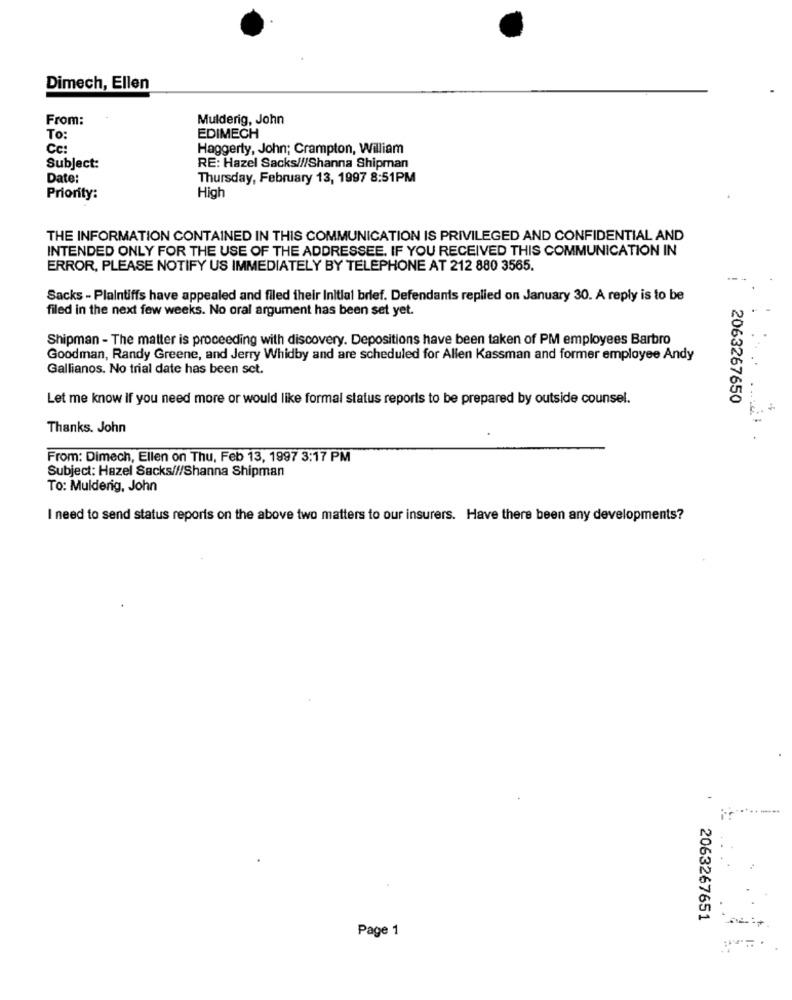
Dimech, Ellen
From:
Mulderig, John
To:
EDIMECH
Cc:
Haggerty, John; Crampton, William
Subject:
RE: Hazel Sacks///Shanna Shipman
Date:
Thursday, February 13, 1997 8:51PM
High
Priority:
THE INFORMATION CONTAINED IN THIS COMMUNICATION IS PRIVILEGED AND CONFIDENTIAL AND
INTENDED ONLY FOR THE USE OF THE ADDRESSEE. IF YOU RECEIVED THIS COMMUNICATION IN
ERROR, PLEASE NOTIFY US IMMEDIATELY BY TELEPHONE AT 212 880 3565.
Sacks - Plaintiffs have appealed and filed their Initial brief. Defendants replied on January 30. A reply is to be
filed in the next few weeks. No oral argument has been set yet.
Shipman - The matter is proceeding with discovery. Depositions have been taken of PM employees Barbro
Goodman, Randy Greene, and Jerry Whidby and are scheduled for Allen Kassman and former employee Andy
Gallianos. No trial date has been set.
Let me know if you need more or would like formal status reports to be prepared by outside counsel.
2063267650
Thanks. John
From: Dimech, Ellen on Thu, Feb 13, 1997 3:17 PM
Subject: Hazel Sacks///Shanna Shipman
To: Mulderig, John
I need to send status reports on the above two matters to our insurers. Have there been any developments?
2063267651
Page 1